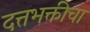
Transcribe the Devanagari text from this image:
दत्तभक्तीचा